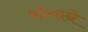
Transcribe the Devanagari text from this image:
वॉल्शने